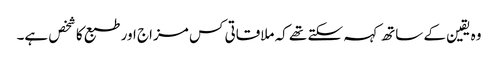
وہ یقین کے ساتھ کہہ سکتے تھے کہ ملاقاتی کس مزاج اور طبع کا شخص ہے۔